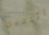
اثنتين